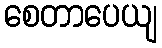
စေတာပေယျ